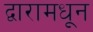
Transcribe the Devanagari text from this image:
द्वारामधून